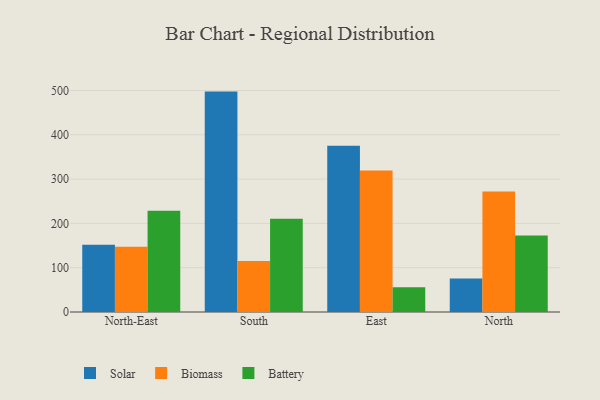
{"axis": {"x": "Region", "y": "Market Share (%)"}, "legend": ["Battery", "Biomass", "Solar"], "data": [{"x": "North-East", "y": 151.8, "type": "Solar"}, {"x": "North-East", "y": 147.4, "type": "Biomass"}, {"x": "North-East", "y": 228.4, "type": "Battery"}, {"x": "South", "y": 497.5, "type": "Solar"}, {"x": "South", "y": 115.3, "type": "Biomass"}, {"x": "South", "y": 210.5, "type": "Battery"}, {"x": "East", "y": 375.2, "type": "Solar"}, {"x": "East", "y": 319.5, "type": "Biomass"}, {"x": "East", "y": 55.6, "type": "Battery"}, {"x": "North", "y": 75.6, "type": "Solar"}, {"x": "North", "y": 271.8, "type": "Biomass"}, {"x": "North", "y": 172.4, "type": "Battery"}]}